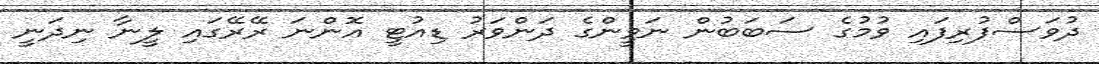
ދުވަސްފުރިފައި ވުމުގެ ސަބަބުން ނަވީންގެ ދަންވަރު ޑިއުޓީ އޮންނަ ރޭރޭގައި ލީނާ ނިދަނީ